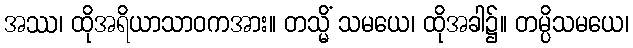
အဿ၊ ထိုအရိယာသာဝကအား။ တသ္မိံ သမယေ၊ ထိုအခါ၌။ တမ္ပိသမယေ၊